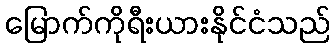
မြောက်ကိုရီးယားနိုင်ငံသည်